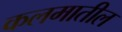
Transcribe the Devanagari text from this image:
कलमातील